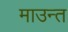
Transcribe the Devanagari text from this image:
माउन्त